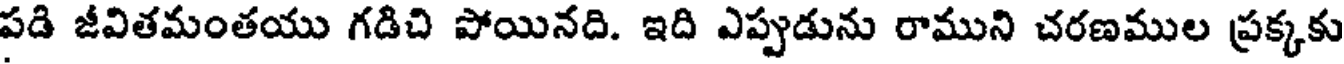
పడి జీవితమంతయు గడిచి పోయినది. ఇది ఎప్పుడును రాముని చరణముల ప్రక్కకు